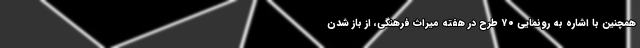
همچنین با اشاره به رونمایی ۷۰ طرح در هفته میراث فرهنگی، از باز شدن